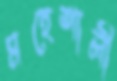
মহেশালী